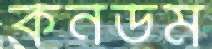
কনডম